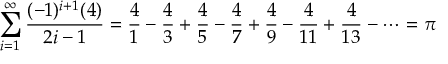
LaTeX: \sum _ { i = 1 } ^ { \infty } { \frac { ( - 1 ) ^ { i + 1 } ( 4 ) } { 2 i - 1 } } = { \frac { 4 } { 1 } } - { \frac { 4 } { 3 } } + { \frac { 4 } { 5 } } - { \frac { 4 } { 7 } } + { \frac { 4 } { 9 } } - { \frac { 4 } { 1 1 } } + { \frac { 4 } { 1 3 } } - \cdots = \pi